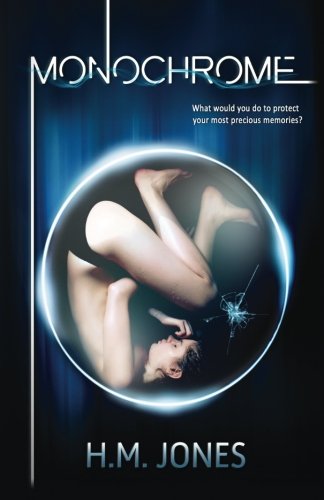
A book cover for Monochrome; H.M. Jones; Science Fiction & Fantasy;